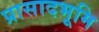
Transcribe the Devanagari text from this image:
प्रासादभूमि